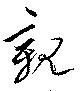
親